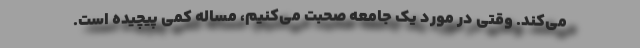
می‌کند. وقتی در مورد یک جامعه صحبت می‌کنیم، مساله کمی پیچیده است.